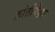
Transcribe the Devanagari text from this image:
क्रांतीपेक्षा